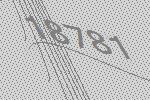
18781